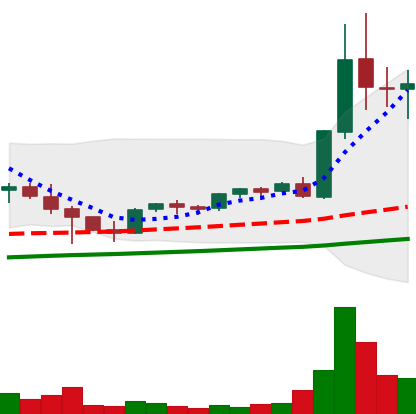
Ticker: EOS-USD
Chart end date: 2021-05-09
Forward return: 6.147%
Label: up_5_7